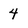
Character: 4